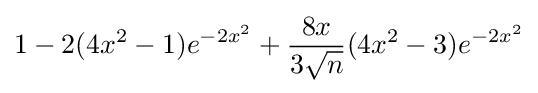
1-2(4x^{2}-1)e^{-2x^{2}}+{\frac {8x}{3{\sqrt {n}}}}(4x^{2}-3)e^{-2x^{2}}